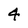
Character: 4